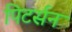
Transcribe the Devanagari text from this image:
पिटर्सन